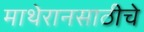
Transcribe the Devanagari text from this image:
माथेरानसाठीचे